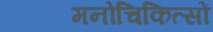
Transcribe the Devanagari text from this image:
मनोचिकित्सों